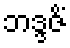
ဘဒ္ဒဇိံ